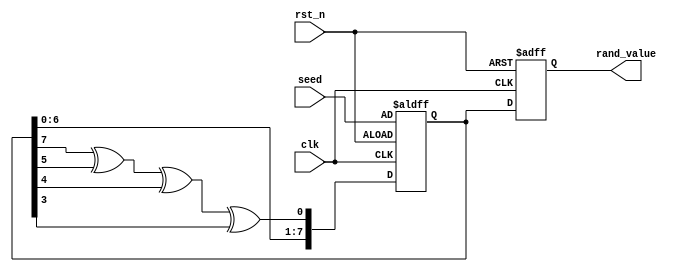
module RandomInitializer #(
    parameter WIDTH = 8         // Width of the random value output
)(
    input wire clk,             // Clock input
    input wire rst_n,           // Active-low reset signal
    input wire [WIDTH-1:0] seed,// Seed input for random number generation
    output reg [WIDTH-1:0] rand_value // Random value output
);

    // Internal state registers
    reg [WIDTH-1:0] lfsr; // LFSR state

    // LFSR feedback polynomial (for example, x^8 + x^6 + x^5 + x^4 + 1)
    wire feedback = lfsr[7] ^ lfsr[5] ^ lfsr[4] ^ lfsr[3]; // Adjust according to the polynomial you want

    // Process for LFSR random number generation
    always @(posedge clk or negedge rst_n) begin
        if (!rst_n) begin
            // Reset state to the seed value
            lfsr <= seed;
            rand_value <= 0;
        end else begin
            // Shift LFSR and update random value
            lfsr <= {lfsr[WIDTH-2:0], feedback}; // Shift in the new feedback bit
            rand_value <= lfsr; // Output the new random value
        end
    end
endmodule